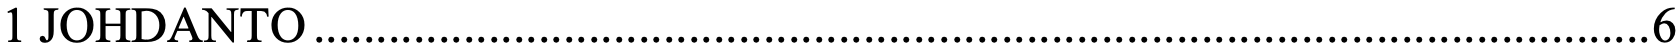
1 JOHDANTO ........................................................................................................... 6